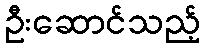
ဦးဆောင်သည့်